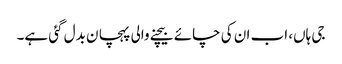
جی ہاں، اب ان کی چائے بیچنے والی پہچا ن بدل گئی ہے۔